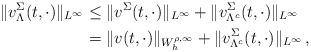
LaTeX: \begin{align*}\|v^{\Sigma}_{\Lambda}(t,\cdot)\|_{L^{ \infty}} & \le \|v^{\Sigma}(t,\cdot)\|_{L^{\infty}} + \|v^{\Sigma}_{\Lambda^c}(t,\cdot)\|_{L^{\infty}} \\& = \|v(t,\cdot)\|_{W_h^{\rho, \infty}} + \|v^{\Sigma}_{\Lambda^c}(t,\cdot)\|_{L^{\infty}} \, ,\end{align*}